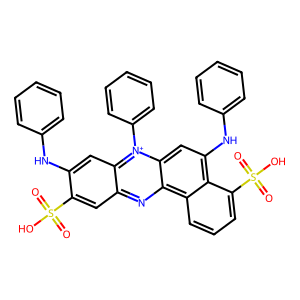
SMILES: O=S(=O)(O)c1cc2nc3c4cccc(S(=O)(=O)O)c4c(Nc4ccccc4)cc3[n+](-c3ccccc3)c2cc1Nc1ccccc1
Inhibits HIV replication: Yes